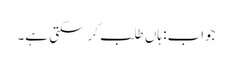
جواب: ہاں طلب کر سکتی ہے۔